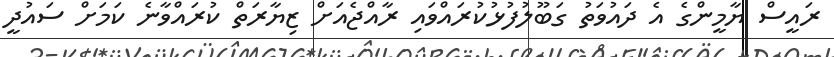
ރައީސް ޔާމީންގެ އެ ދައުވަތު ގަބޫލުފުޅުކުރައްވައި ރާއްޖެއަށް ޒިޔާރަތް ކުރައްވާނެ ކަމަށް ސައުދީ